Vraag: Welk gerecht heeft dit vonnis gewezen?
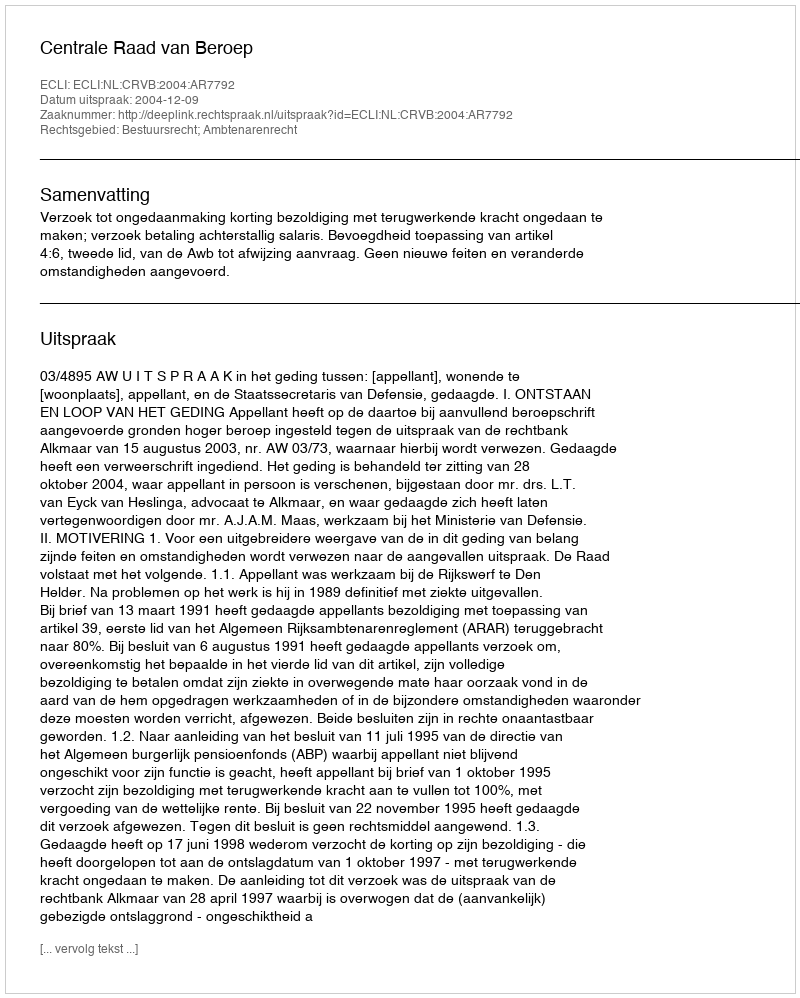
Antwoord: Centrale Raad van Beroep